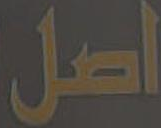
أصل